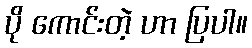
ပို ကောင်းတဲ့ ဟာ ပြပါ။